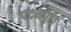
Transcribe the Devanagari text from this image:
पदमपुरा